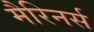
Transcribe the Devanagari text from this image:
मैरिनर्स